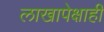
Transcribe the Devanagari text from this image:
लाखापेक्षाही